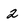
Character: 2